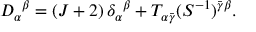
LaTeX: D _ { \alpha } { } ^ { \beta } = ( J + 2 ) \, \delta _ { \alpha } { } ^ { \beta } + T _ { \alpha \bar { \gamma } } ( S ^ { - 1 } ) ^ { \bar { \gamma } \beta } .